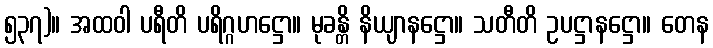
၅၃၇)။ အထဝါ ပရီတိ ပရိဂ္ဂဟဋ္ဌော။ မုခန္တိ နိယျာနဋ္ဌော။ သတီတိ ဥပဋ္ဌာနဋ္ဌော။ တေန